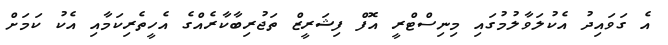
އެ ގަވައިދު އެކުލަވާލުމުގައި މިނިސްޓްރީ އޮފް ފިޝަރީޒް ތަޖުރިބާކާރެއްގެ އެހީތެރިކަމާއި އެކު ކަަމަށް